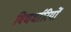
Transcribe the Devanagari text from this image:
विचर्धारियों